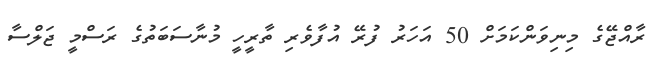
ރާއްޖޭގެ މިނިވަންކަމަށް 50 އަހަރު ފުރޭ އުފާވެރި ތާރީހީ މުނާސަބަތުގެ ރަސްމީ ޖަލްސާ